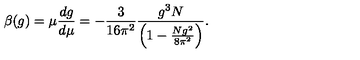
\beta ( g ) = \mu \frac { d g } { d \mu } = - \frac { 3 } { 1 6 \pi ^ { 2 } } \frac { g ^ { 3 } N } { \left( 1 - \frac { N g ^ { 2 } } { 8 \pi ^ { 2 } } \right) } .